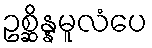
ဥစ္ဆိန္နမူလံပေ